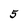
Character: 5